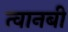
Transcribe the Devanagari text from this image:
त्वानबी